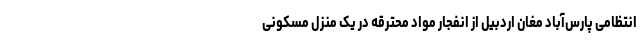
انتظامی پارس‌آباد مغان اردبیل از انفجار مواد محترقه در یک منزل مسکونی